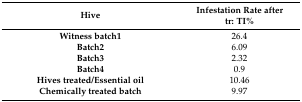
<table><thead><tr><td><b>Hive</b></td><td><b>Infestation Rate aftertr: TI%</b></td></tr></thead><tbody><tr><td><b>Witness batch1</b></td><td>26.4</td></tr><tr><td><b>Batch2</b></td><td>6.09</td></tr><tr><td><b>Batch3</b></td><td>2.32</td></tr><tr><td><b>Batch4</b></td><td>0.9</td></tr><tr><td><b>Hives treated/Essential oil</b></td><td>10.46</td></tr><tr><td><b>Chemically treated batch</b></td><td>9.97</td></tr></tbody></table>